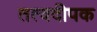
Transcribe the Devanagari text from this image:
तत्वदीपक